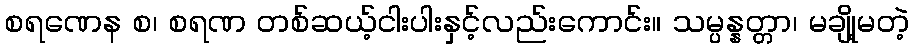
စရဏေန စ၊ စရဏ တစ်ဆယ့်ငါးပါးနှင့်လည်းကောင်း။ သမ္ပန္နတ္တာ၊ မချို့မတဲ့